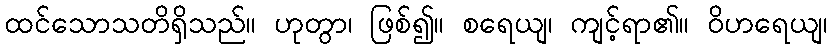
ထင်သောသတိရှိသည်။ ဟုတွာ၊ ဖြစ်၍။ စရေယျ၊ ကျင့်ရာ၏။ ဝိဟရေယျ၊